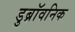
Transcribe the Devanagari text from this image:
डुब्रॉवनिक